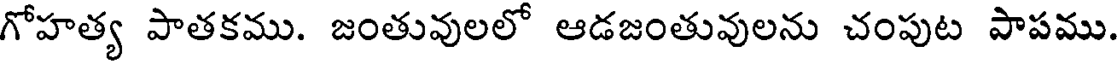
గోహత్య పాతకము. జంతువులలో ఆడజంతువులను చంపుట పాపము.